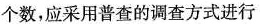
个数，应采用普查的调查方式进行